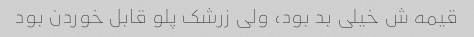
قیمه ش خیلی بد بود، ولی زرشک پلو قابل خوردن بود